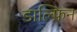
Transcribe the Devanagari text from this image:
डाल्फ़िन